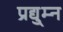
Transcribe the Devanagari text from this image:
प्रद्यु्म्न